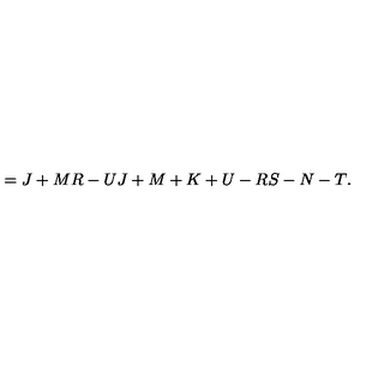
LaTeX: = { \binom { J + M } { R - U } } { \binom { J + M + K + U - R } { S - N - T } } .